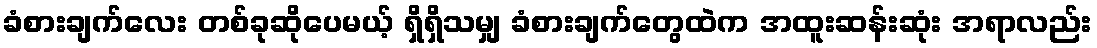
ခံစားချက်လေး တစ်ခုဆိုပေမယ့် ရှိရှိသမျှ ခံစားချက်တွေထဲက အထူးဆန်းဆုံး အရာလည်း